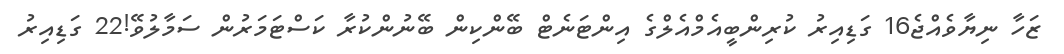
ޒަހާ ނިޔާވެއްޖެ16 ގަޑިއިރު ކުރިންބީއެމްއެލްގެ އިންޓަނެޓް ބޭންކިން ބޭނުންކުރާ ކަސްޓަމަރުން ސަމާލުވޭ!22 ގަޑިއިރު